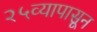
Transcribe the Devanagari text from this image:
२५व्यापासून